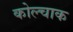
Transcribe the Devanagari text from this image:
कोल्चाक